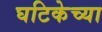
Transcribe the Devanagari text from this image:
घटिकेच्या